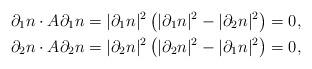
LaTeX: \begin{align*}\partial_1 n \cdot A \partial_1 n & = |\partial_1 n|^2 \left(|\partial_1 n|^2-|\partial_2 n|^2 \right)=0, \\\partial_2 n \cdot A \partial_2 n & = |\partial_2 n|^2\left(|\partial_2 n|^2 - |\partial_1 n|^2 \right) = 0,\end{align*}